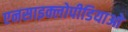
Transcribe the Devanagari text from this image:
एनसाइक्लोपीडियाओ